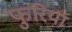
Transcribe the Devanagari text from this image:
फुरिया